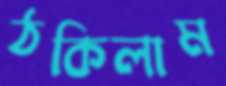
ঠকিলাম